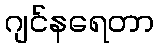
ဂျင်နရေတာ